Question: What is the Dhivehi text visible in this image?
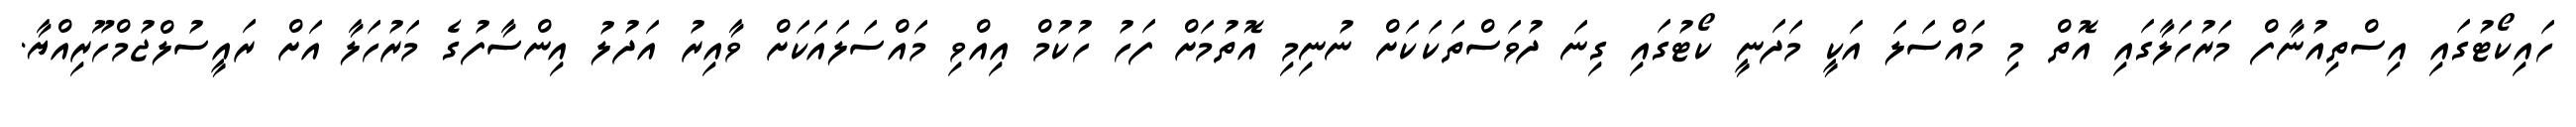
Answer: ހައިކޯޓުގައި އިސްތިއުނާފް މަރުހަލާގައި އޮތް މި މައްސަލަ އަކީ މަދަނީ ކޯޓުގައި ގިނަ ދުވަސްތަކަކަށް ނުނިމި އޮތުމަށް ފަހު ހުކުމް އިއްވި މައްސަލައަކަށް ވާއިރު އަދުލު އިންސާފުގެ މަރުހަލާ އަށް ރައީސުލްޖުމްހޫރިއްޔާ.